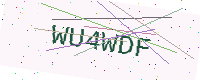
Text: WU4WDF